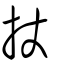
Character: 扙